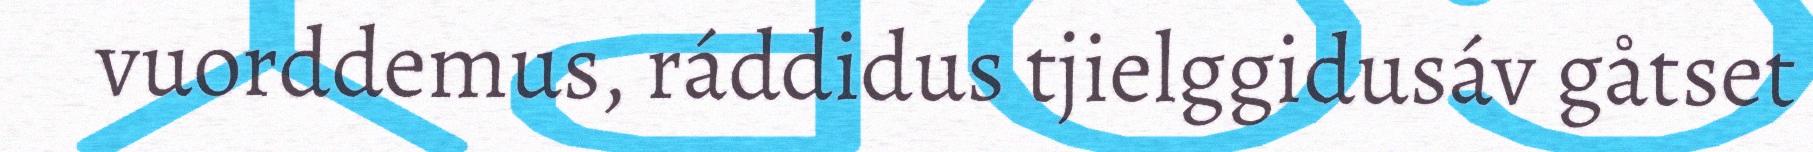
vuorddemus, ráddidus tjielggidusáv gåtset